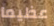
عظيما